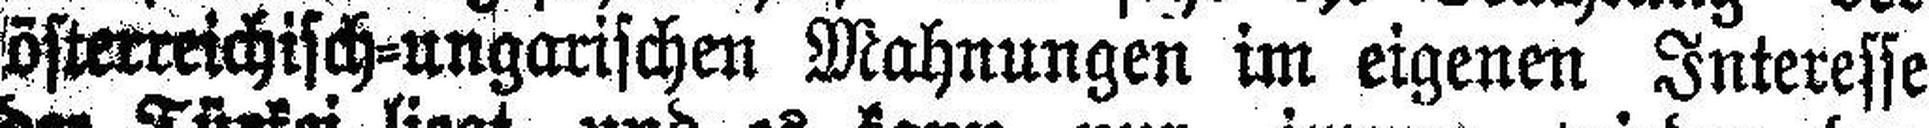
österreichisch=ungarischen Mahnungen im eigenm Interesse